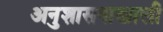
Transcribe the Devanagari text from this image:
अनुशासनाखाली